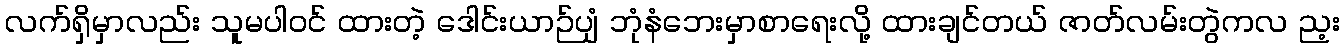
လက်ရှိမှာလည်း သူမပါဝင် ထားတဲ့ ဒေါင်းယာဉ်ပျံ ဘုံနံဘေးမှာစာရေးလို့ ထားချင်တယ် ဇာတ်လမ်းတွဲကလ ည့း